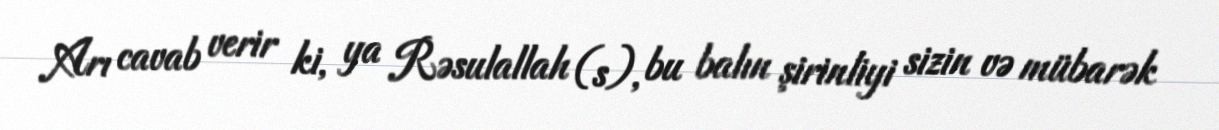
Arı cavab verir ki, ya Rəsulallah (s), bu balın şirinliyi sizin və mübarək